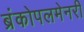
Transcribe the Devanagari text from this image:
ब्रंकोपलमेनरी